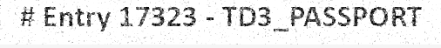
# Entry 17323 - TD3_PASSPORT